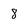
Character: 8